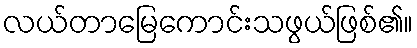
လယ်တာမြေကောင်းသဖွယ်ဖြစ်၏။